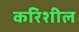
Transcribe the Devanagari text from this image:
करिशील